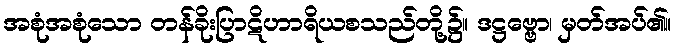
အစုံအစုံသော တန်ခိုးပြာဋိဟာရိယစသည်တို့၌။ ဒဋ္ဌဗ္ဗော၊ မှတ်အပ်၏။